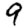
Digit: 9